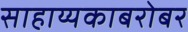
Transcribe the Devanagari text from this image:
साहाय्यकाबरोबर